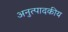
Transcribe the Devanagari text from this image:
अनुत्पादकीय